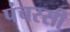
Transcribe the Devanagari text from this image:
पंचरसी